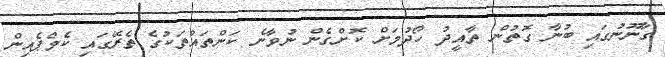
ގާނޫނުގައި ބުނާ ގޮތުން ތާއީދު ހޯދުމަށް ކޮށްގެން ނުވާނެ ކަންތައްތަކުގެ ތެރޭގައި ކެމްޕެއިން